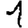
Digit: 1